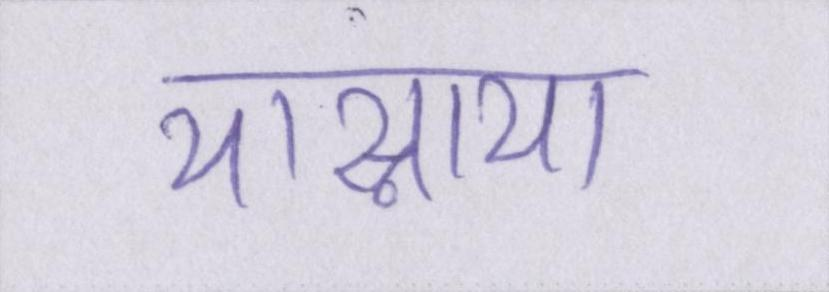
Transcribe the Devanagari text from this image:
यास्नाया